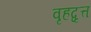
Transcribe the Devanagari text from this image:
वृहद्वृत्त